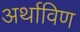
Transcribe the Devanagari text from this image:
अर्थाविण